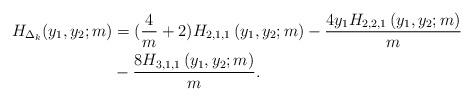
LaTeX: \begin{align*} H_{\Delta_k} (y_1 , y_2 ;m) &= (\frac{4 }{m}+2) H_{2,1,1}\left(y_1,y_2;m\right) -\frac{4 y_1 H_{2,2,1}\left(y_1,y_2 ;m\right)}{m} \\ & -\frac{8 H_{3,1,1}\left(y_1,y_2;m\right)}{m}. \end{align*}